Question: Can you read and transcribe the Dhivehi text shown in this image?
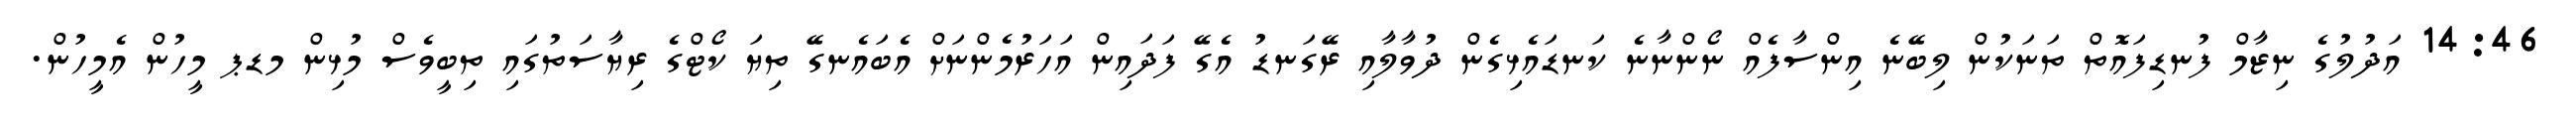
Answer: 14:46 އަދުލުގެ ނިޒާމް ފުނޑިފައޮތް ތަނަކުން ލިބޭނެ އިންސާފެއް ނޯންނާނެ ކަނޑައެޅިގެން ދުވާލާއި ރޭގަނޑު އެގޭ ފަދައިން އަހަރުމެންނަށް އެބައެނގޭ ތިޔަ ކޯޓްގެ ރިޔާސަތުގައި ތިބީވެސް މުޅިން މޑޕ މީހުން އެމީހުން.